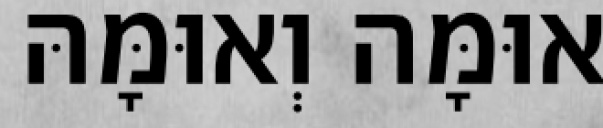
אוּמָּה וְאוּמָּהּ